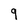
Character: 9